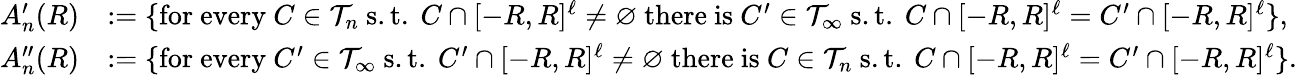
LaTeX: \begin{array}{rl}{A_{n}^{\prime}(R)}&{:=\{ \mathrm{for~every~}C\in\mathcal{T}_{n}\mathrm{~s.t.~}C\cap[-R,R]^{\ell}\neq\varnothing\mathrm{~there~is~}C^{\prime}\in\mathcal{T}_{\infty}\mathrm{~s.t.~}C\cap[-R,R]^{\ell}=C^{\prime}\cap[-R,R]^{\ell}\} ,}\\ {A_{n}^{\prime\prime}(R)}&{:=\{ \mathrm{for~every~}C^{\prime}\in\mathcal{T}_{\infty}\mathrm{~s.t.~}C^{\prime}\cap[-R,R]^{\ell}\neq\varnothing\mathrm{~there~is~}C\in\mathcal{T}_{n}\mathrm{~s.t.~}C\cap[-R,R]^{\ell}=C^{\prime}\cap[-R,R]^{\ell}\} .}\end{array}